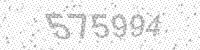
Solution: 575994